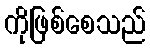
ကိုဖြစ်စေသည်